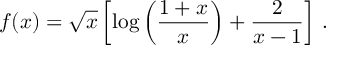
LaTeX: f ( x ) = \sqrt { x } \left[ \log \left( \frac { 1 + x } { x } \right) + { \frac { 2 } { x - 1 } } \right] \, .